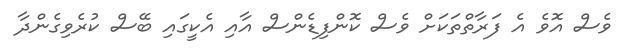
ވެސް އޮވެ އެ ފަރާތްތަކަށް ވެސް ކޮންފިޑެންސް އާއި އެކީގައި ބޭސް ކުރެވިގެންދާ